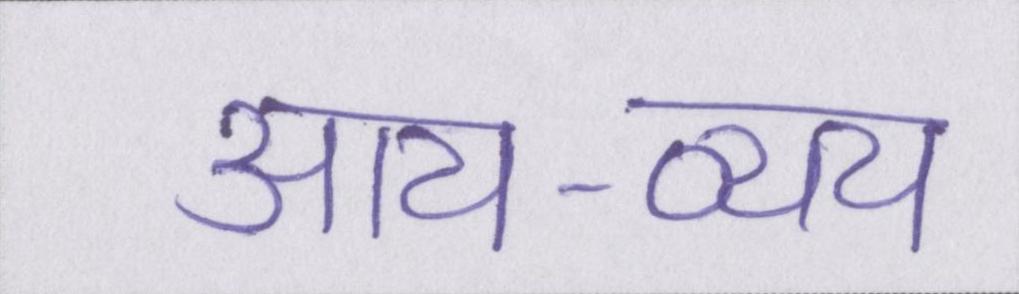
आय-व्यय